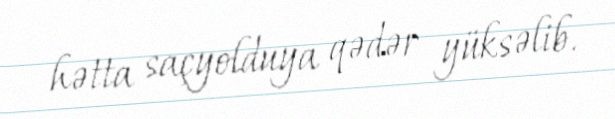
hətta saçyolduya qədər yüksəlib.